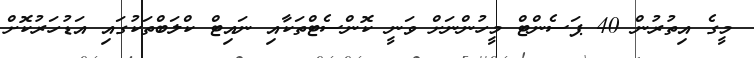
މީގެ އިތުރުން 40 ޕަސެންޓް މީހުންނަށް ވަނީ ކޮންސެޓްތަކާއި ނައިޓް ކްލަބްތަކުގައި އަޑުހަރުކޮށް